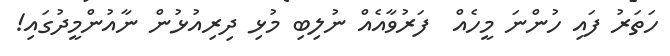
ހަތަރު ފައި ހުންނަ މީހެއް  ފަރުވާއެއް ނުލިބި މުޅި ދިރިއުޅުން ނާއުންމީދުގައި!